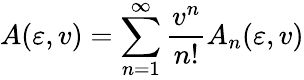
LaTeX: A(\varepsilon,v)=\sum_{n=1}^{\infty}{\frac{v^{n}}{n!}}A_{n}(\varepsilon,v)